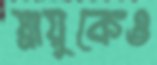
স্নায়ুকেও